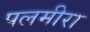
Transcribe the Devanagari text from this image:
पलमीरा